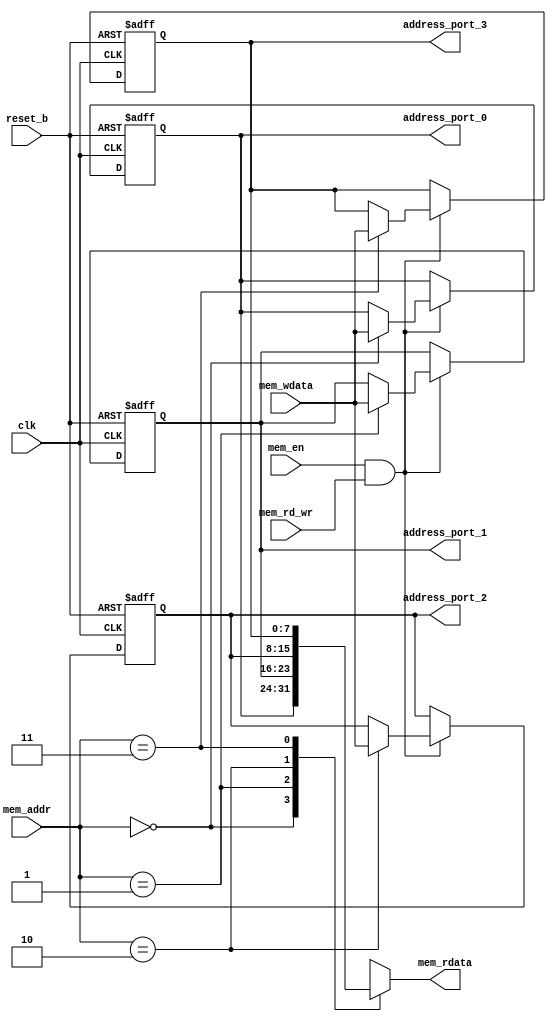
module port_address_reg
    (
    input  wire clk,                   
    input  wire reset_b,               
    input  wire         mem_en,        
    input  wire         mem_rd_wr,     
    input  wire [01:00] mem_addr,      
    input  wire [07:00] mem_wdata,     
    output reg  [07:00] mem_rdata,     
    output reg  [07:00] address_port_0,
    output reg  [07:00] address_port_1,
    output reg  [07:00] address_port_2,
    output reg  [07:00] address_port_3 
    );
    always@*
        case(mem_addr)
            2'd0: mem_rdata <= address_port_0;
            2'd1: mem_rdata <= address_port_1;
            2'd2: mem_rdata <= address_port_2;
            2'd3: mem_rdata <= address_port_3;
        endcase
    always @(posedge clk or negedge reset_b) begin
            if (~reset_b) begin
                    address_port_0 <= 8'h00;
                    address_port_1 <= 8'h01;
                    address_port_2 <= 8'h02;
                    address_port_3 <= 8'h03;
                end
            else if (mem_en && mem_rd_wr) begin
                    case (mem_addr)
                        2'b00: address_port_0 <= mem_wdata;
                        2'b01: address_port_1 <= mem_wdata;
                        2'b10: address_port_2 <= mem_wdata;
                        2'b11: address_port_3 <= mem_wdata;
                    endcase
                end
        end
endmodule